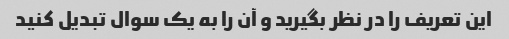
این تعریف را در نظر بگیرید و آن را به یک سوال تبدیل کنید